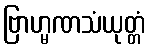
ဗြာဟ္မဏသံယုတ္တံ